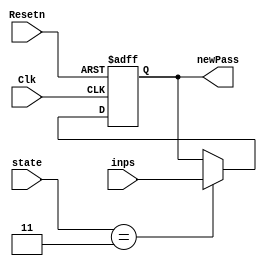
module changePass(Clk, Resetn, state, inps, newPass);
	input Clk, Resetn;
	input [3:0] inps, state;
	parameter CH = 3'b011, dflt = 4'b0110;
	output reg [3:0] newPass;
	// Initialize password to 0110 at beginning
	initial
	begin
		newPass = dflt;
	end
	// Update password to default if reset occurs
	// Otherwise update it to current input when
	// state of system is in change state
	always @(posedge Clk, negedge Resetn)
	begin
		if (Resetn == 0)	newPass <= dflt;
		else if (state == CH) newPass = inps;
	end
endmodule